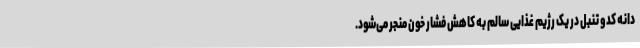
دانه کدو تنبل در یک رژیم غذایی سالم به کاهش فشار خون منجر می‌شود.